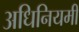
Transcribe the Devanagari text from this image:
अधिनियमी